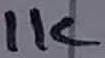
Text: 1K